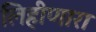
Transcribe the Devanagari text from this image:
लिहीणारा